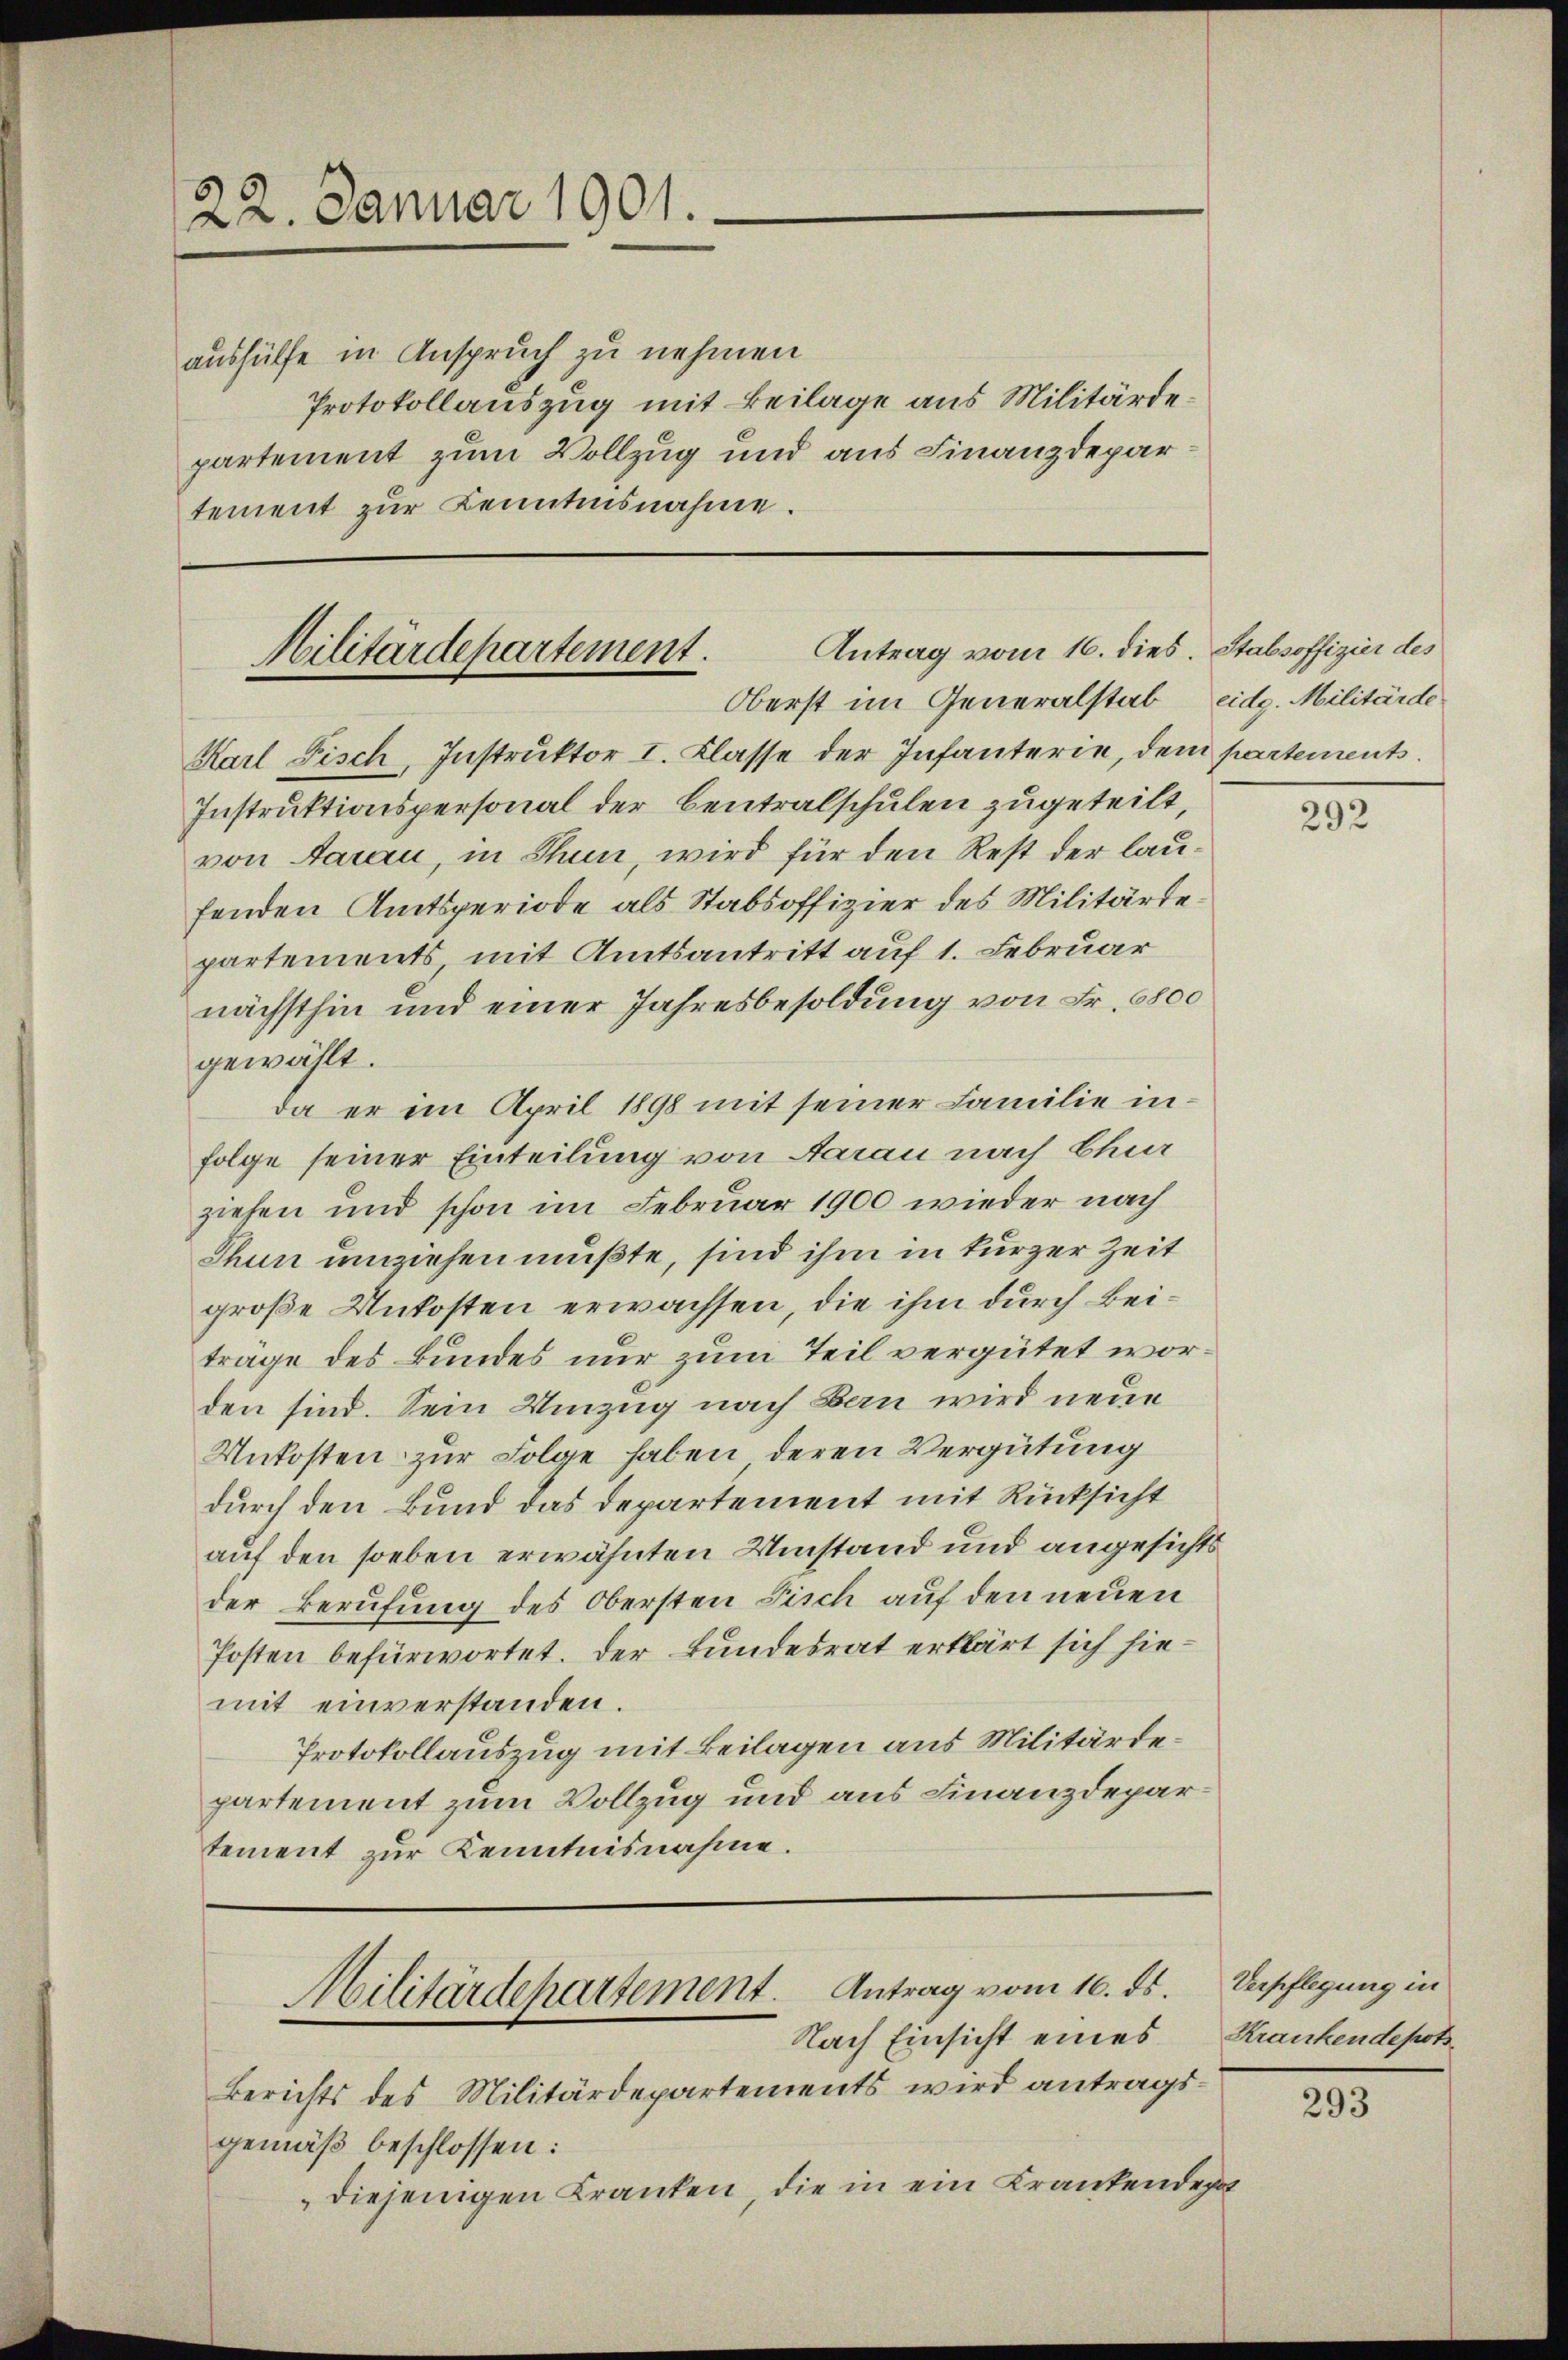
22. Januar 1901.

aushülfe in Anspruch zu nehmen
Protokollauszug mit Beilage aus Militärdepartement zum Vollzug und aus Finanzdepartement zur Kenntnisnahme.

Militärdepartement. Antrag vom 16. dies. Stabsoffizier des
Oberst im Generalstab eidg. Militärde

Karl Fisch, Instruktor I. Klasse der Infanterie, dem partements.
Instruktionspersonal der Centralschulen zugeteilt,
von Aarau, in Thun, wird für den Rest der laufenden Amtsperiode als Stabsoffizier des Militärtepartements mit Amtsantritt auf 1. Februar
nächsthin und einer Jahresbesoldung von Fr. 6800
gewählt.
da er im April 1898 mit seiner Familie infolge seiner Einteilung von Aarau nach Chur
ziehen und schon im Februar 1900 wieder nach
Thun umziehen mußte, sind ihm in kurzer Zeit
große Unkosten erwachsen, die ihm durch Beiträge des Bundes nur zum Teil vergütet worden sind. Sein Umzug nach Bau wird neue
Unkosten zur Folge haben, deren Vergütung
durch den Bund das Departement mit Rücksicht
auf den soeben erwähnten Umstand und angesichts
der Berufung des Obersten Fisch auf den neuen
Posten befürwortet. Der Bundesrat erklärt sich hiemit einverstanden.
Protokollauszug mit Beilagen aus Militärdepartement zum Vollzug und aus Finanzdepartement zur Kenntnisnahme.

Militärdepartement. Antrag vom 16. ds.
Nach Einsicht eines

Berichts des Militärdepartements wird antragsgemäß beschlossen:
diejenigen Kranken, die in ein Krankendepot

292

Verpflegung in
Krankendepots

293